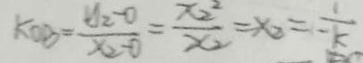
K _ { O B } = \frac { y _ { 2 } - 0 } { x _ { 2 } - 0 } = \frac { x _ { 2 } ^ { 2 } } { x _ { 2 } } = x _ { 2 } = \frac { 1 } { - k }